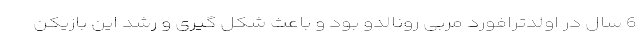
6 سال در اولدترافورد مربی رونالدو بود و باعث شکل گیری و رشد این بازیکن